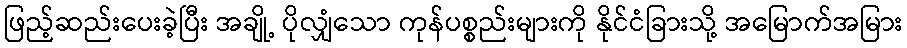
ဖြည့်ဆည်းပေးခဲ့ပြီး အချို့ ပိုလျှံသော ကုန်ပစ္စည်းများကို နိုင်ငံခြားသို့ အမြောက်အမြား